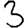
Digit: 3